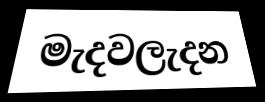
මැදවලැදන